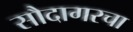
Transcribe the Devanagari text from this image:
सौदागरचा